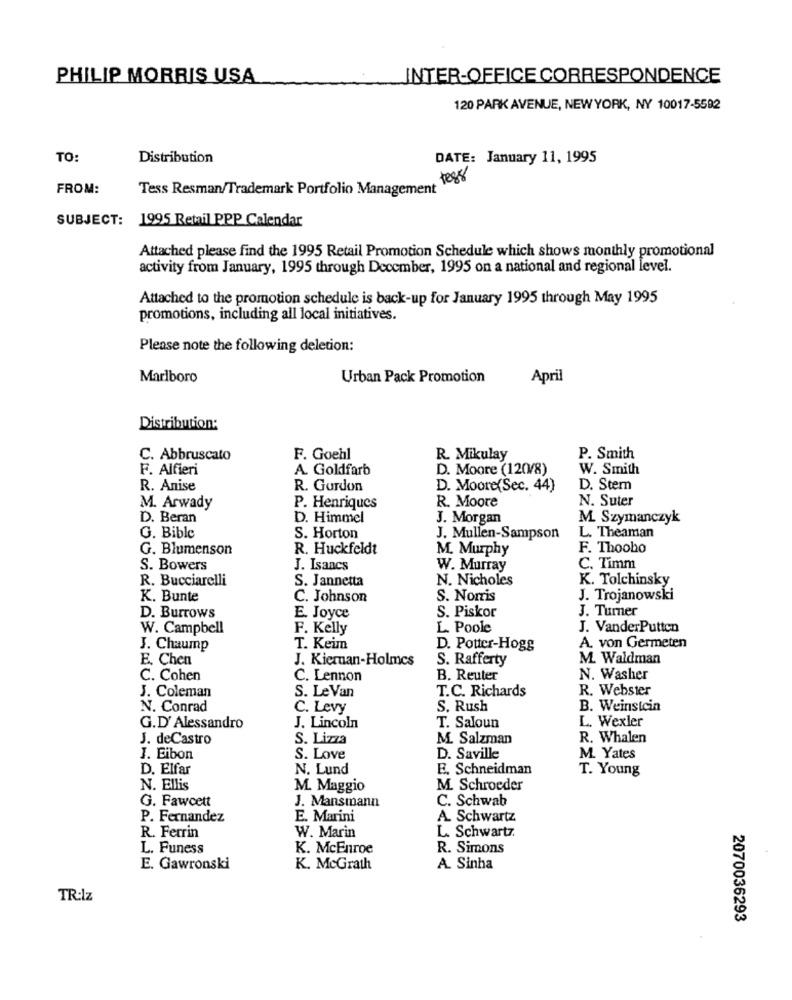
PHILIP MORRIS USA
INTER-OFFICE CORRESPONDENCE
120 PARK AVENUE, NEW YORK, NY 10017-5592
TO:
Distribution
DATE: January 11, 1995
FROM:
Tess Resman/Trademark Portfolio Management 1086
SUBJECT: 1995 Retail PPP Calendar
Attached please find the 1995 Retail Promotion Schedule which shows monthly promotional
activity from January, 1995 through December, 1995 on a national and regional level.
Attached to the promotion schedule is back-up for January 1995 through May 1995
promotions, including all local initiatives.
Please note the following deletion:
Marlboro
Urban Pack Promotion
April
Distribution:
C. Abbruscato
F. Goehl
R. Mikulay
P. Smith
F. Alfieri
A. Goldfarb
D. Moore (120/8)
W. Smith
R. Anise
R. Gordon
D. Moore(Sec. 44)
D. Stem
R. Moore
N. Suter
M. Arwady
P. Henriques
D. Beran
D. Himmel
J. Morgan
M. Szymanczyk
G. Bible
S. Horton
J. Mullen-Sampson
L. Theaman
G. Blumenson
R. Huckfeldt
M. Murphy
F. Thoobo
S. Bowers
J. Isaacs
W. Murray
C. Timm
R. Bucciarelli
S. Jannetta
N. Nicholes
K. Tolchinsky
K. Bunte
C. Johnson
S. Norris
J. Trojanowski
S. Piskor
J. Turner
D. Burrows
E. Joyce
W. Campbell
F. Kelly
L. Poole
J. VanderPutten
J. Chaump
T. Keim
D. Potter-Hogg
A. von Germeten
E. Chen
J. Kiernan-Holmes
S. Rafferty
M. Waldman
C. Cohen
C. Lennon
B. Reuter
N. Washer
T.C. Richards
R. Webster
J. Coleman
S. Le Van
N. Conrad
C. Levy
S. Rush
B. Weinstein
L. Wexler
G.D' Alessandro
J. Lincoln
T. Saloun
J. deCastro
S. Lizza
M. Salzman
R. Whalen
J. Eibon
S. Love
D. Saville
M. Yates
D. Elfar
N. Lund
E. Schneidman
T. Young
N. Ellis
M. Maggio
M. Schroeder
J. Mansmann
C. Schwab
G. Fawcett
P. Fernandez
E. Marini
A. Schwartz
L. Schwartz.
R. Ferrin
W. Marin
L. Funess
K. McEnroe
R. Simons
E. Gawronski
K. McGrath
A. Sinha
TR:İz
2070036293